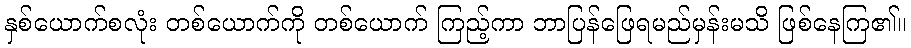
နှစ်ယောက်စလုံး တစ်ယောက်ကို တစ်ယောက် ကြည့်ကာ ဘာပြန်ဖြေရမည်မှန်းမသိ ဖြစ်နေကြ၏။